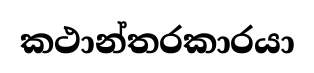
කථාන්තරකාරයා